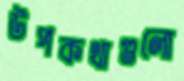
উপকথাগুলো